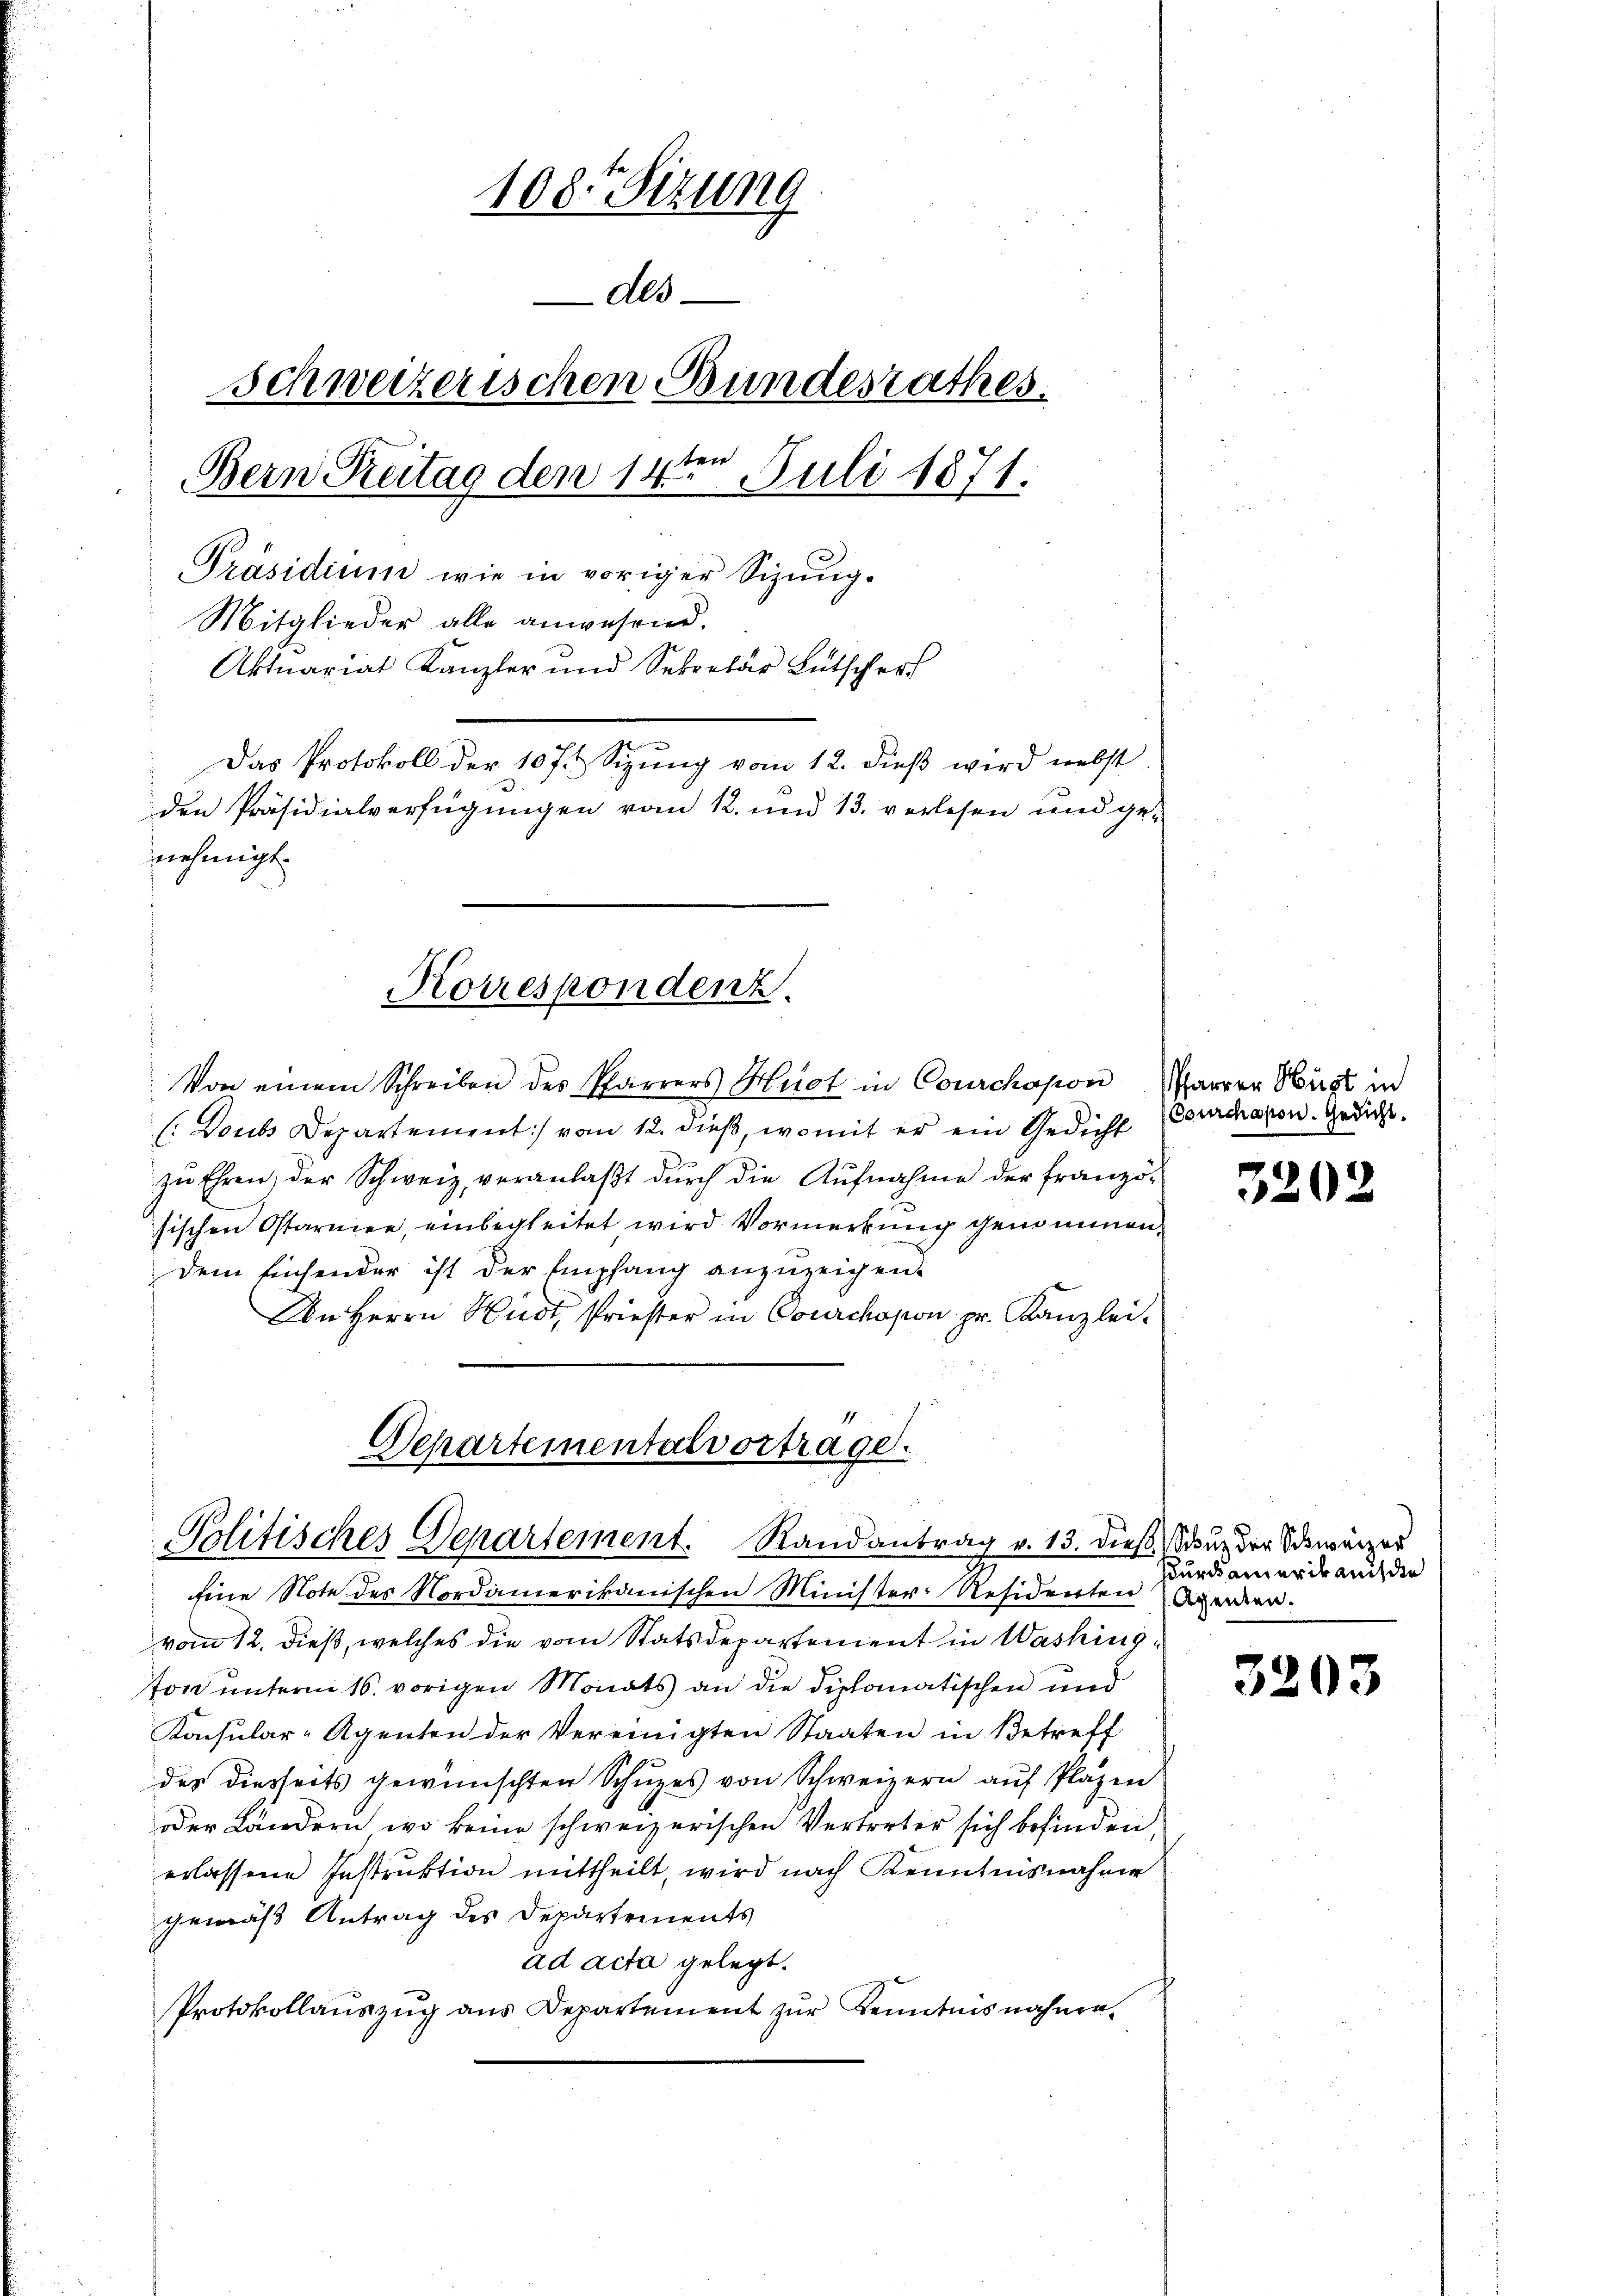
108. Sizung
des
Schweizerischen Bundesrathes.
ten
Bern Reitag den 14. Juli 1871.
Präsidium wie in voriger Sizung.
Mitglieder alle anwesend.
Aktuariat Kanzler und Sekretär Bütscher
Das Protokoll der 10 f. Sizŭng vom 12. dieβ wird nebst
den Präsidialverfügungen vom 12. und 13. verlesen und ge-
nehmigt.

Korrespondenz.

Von einem Schreiben des Pfarrers Huot in Courchapon Parrer Hug in
(Doubs Departement) vom 12. dieß, womit er ein Gedicht (Courchavon. Gedicht.
zŭ Ehren, der Schweiz, veranlaβt dŭrch die Aŭfnahme der franzö-
sischen Ostarmen, einbegleitet wird Vormerkung genommen.
dem Einsender ist der Empfang anzuzeigen.
An Herrn Hudt, Priester in Courchopon pr. Kanzlei-

Eine Note des Nordamerikanischen Minister-Residenten Agender.
vom 12. dieß, welches die vom Statsdepartement in Washington unterm 16. vorigen Monats an die diplomatischen und
Konsular-Agenten der Vereinigten Staaten in Betreff
des diesseits gewünschten Schŭzes von Schweizern aŭf Plazen
oder Ländern, wo keine schweizerischen Vertreter sich befinden,
erlassene Instruktion mittheilt, wird nach Kenntnisnahme
gemäß Antrag des Departements
ad acta gelegt.
Protokollaŭszŭg ans Departement zŭr Kenntnisnahme-

Separtementalvertrage.
Politisches Departement. Randantrag v. 13. dieß. Nur der Schweizer

3205

Burdamerik auch der

3203